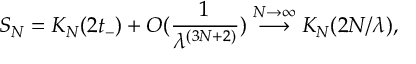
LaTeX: S _ { N } = K _ { N } ( 2 t _ { - } ) + O ( \frac { 1 } { \lambda ^ { ( 3 N + 2 ) } } ) \stackrel { N \rightarrow \infty } { \longrightarrow } K _ { N } ( 2 N / \lambda ) ,